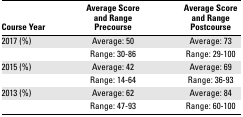
<table><thead><tr><td><b>Course Year</b></td><td><b>Average Score and Range Precourse</b></td><td><b>Average Score and Range Postcourse</b></td></tr></thead><tbody><tr><td>2017 (%)</td><td>Average: 50</td><td>Average: 73</td></tr><tr><td></td><td>Range: 30-86</td><td>Range: 29-100</td></tr><tr><td>2015 (%)</td><td>Average: 42</td><td>Average: 69</td></tr><tr><td></td><td>Range: 14-64</td><td>Range: 36-93</td></tr><tr><td>2013 (%)</td><td>Average: 62</td><td>Average: 84</td></tr><tr><td></td><td>Range: 47-93</td><td>Range: 60-100</td></tr></tbody></table>